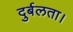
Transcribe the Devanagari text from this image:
दुर्बलता।